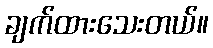
ချက်ထားသေးတယ်။